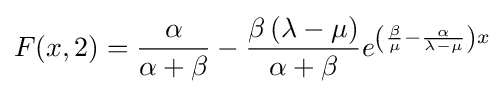
F(x,2)={\frac {\alpha }{\alpha +\beta }}-{\frac {\beta \left(\lambda -\mu \right)}{\alpha +\beta }}e^{\left({\frac {\beta }{\mu }}-{\frac {\alpha }{\lambda -\mu }}\right)x}